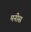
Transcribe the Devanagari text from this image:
मनीस